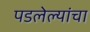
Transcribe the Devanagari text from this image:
पडलेल्यांचा